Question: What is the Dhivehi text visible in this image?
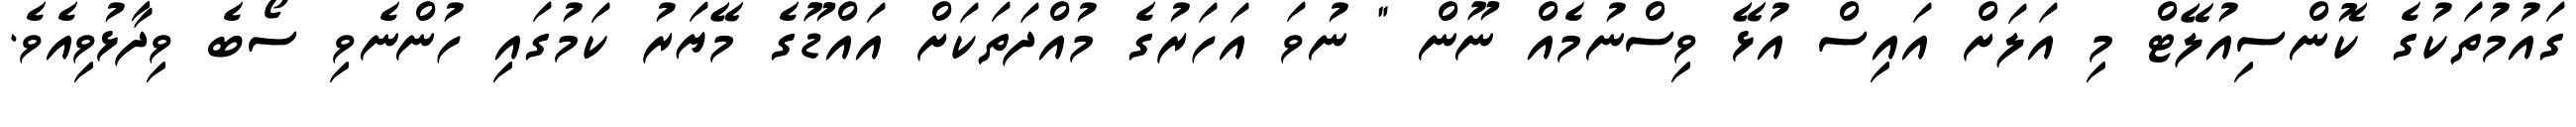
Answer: ގައުމުތަކުގެ ކޮންސިއުލޭޓް މި އަލަށް އައިސް އުޅޭ ވިސްނުމެއް ނޫން " ނުވަ އަހަރުގެ މުއްދަތަކަށް އައްޑޫގެ މޭޔަރު ކަމުގައި ހުންނެވި ސޯބެ ވިދާޅުވިއެވެ.